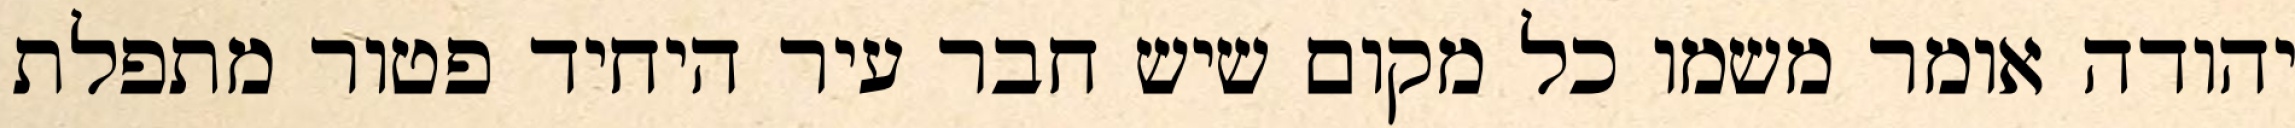
יהודה אומר משמו כל מקום שיש חבר עיר היחיד פטור מתפלת